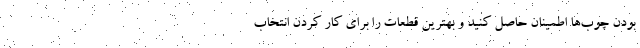
بودن چوب‌ها اطمینان حاصل کنید و بهترین قطعات را برای کار کردن انتخاب